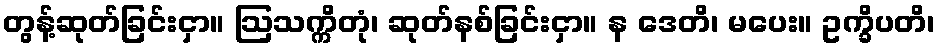
တွန့်ဆုတ်ခြင်းငှာ။ ဩသက္ကိတုံ၊ ဆုတ်နစ်ခြင်းငှာ။ န ဒေတိ၊ မပေး။ ဥက္ခိပတိ၊